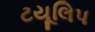
ટયૂલિપ